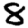
Digit: 8